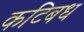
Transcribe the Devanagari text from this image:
कटिबध